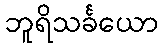
ဘူရိသင်္ခယော